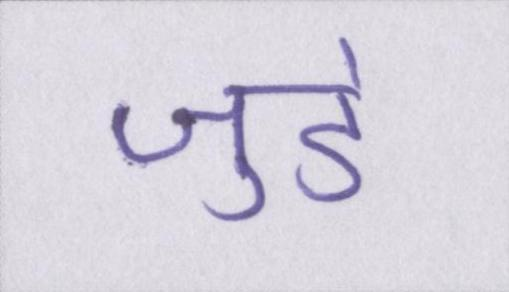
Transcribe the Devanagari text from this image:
जुडे